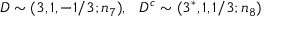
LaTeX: D \sim ( 3 , 1 , - 1 / 3 ; n _ { 7 } ) , ~ ~ D ^ { c } \sim ( 3 ^ { * } , 1 , 1 / 3 ; n _ { 8 } )